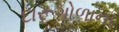
દારૂગોળાના